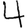
Digit: 4